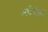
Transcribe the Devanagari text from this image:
अर्धगोलों